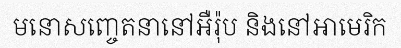
មនោសញ្ចេតនានៅអឺរ៉ុប និងនៅអាមេរិក